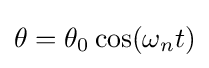
\theta =\theta _{0}\cos(\omega _{n}t)